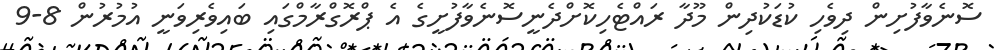
ސޮނެވާފުށިން ދިވެހި ކުޑަކުދިން މޫދާ ރައްޓެހިކޮށްދެނީސޮނެވާފުށީގެ އެ ޕްރޮގްރާމްގައި ބައިވެރިވަނީ އުމުރުން 8-9